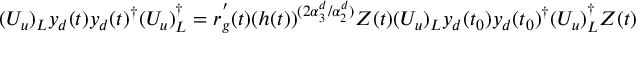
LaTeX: ( U _ { u } ) _ { L } y _ { d } ( t ) y _ { d } ( t ) ^ { \dagger } ( U _ { u } ) _ { L } ^ { \dagger } = r _ { g } ^ { ' } ( t ) ( h ( t ) ) ^ { ( 2 \alpha _ { 3 } ^ { d } / \alpha _ { 2 } ^ { d } ) } Z ( t ) ( U _ { u } ) _ { L } y _ { d } ( t _ { 0 } ) y _ { d } ( t _ { 0 } ) ^ { \dagger } ( U _ { u } ) _ { L } ^ { \dagger } Z ( t )